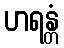
ဟရန္တံ